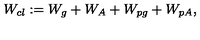
W _ { c l } : = W _ { g } + W _ { A } + W _ { p g } + W _ { p A } ,